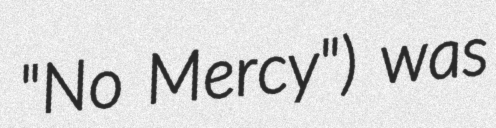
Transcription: "No Mercy") was